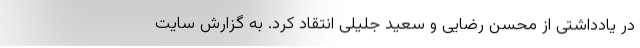
در یادداشتی از محسن رضایی و سعید جلیلی انتقاد کرد. به گزارش سایت